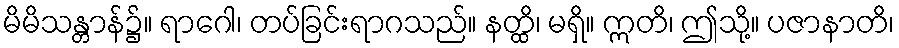
မိမိသန္တာန်၌။ ရာဂေါ၊ တပ်ခြင်းရာဂသည်။ နတ္ထိ၊ မရှိ။ ဣတိ၊ ဤသို့။ ပဇာနာတိ၊